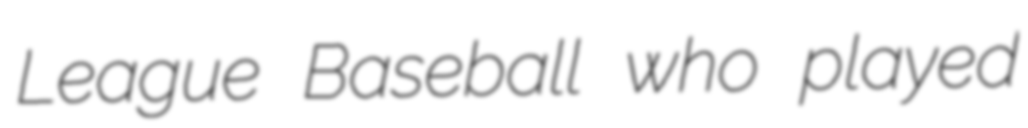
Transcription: League Baseball who played